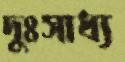
দুঃসাধ্য